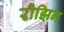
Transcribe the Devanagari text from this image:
रोझिन